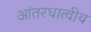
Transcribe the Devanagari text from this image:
आंतरधात्वीय